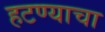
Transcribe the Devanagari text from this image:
हटण्याचा